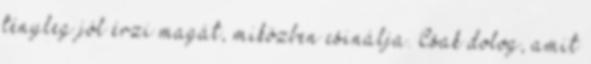
tényleg jól érzi magát, miközben csinálja. Csak dolog, amit